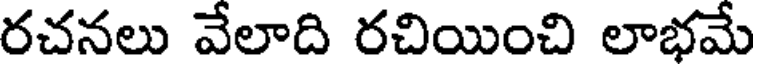
రచనలు వేలాది రచియించి లాభమే